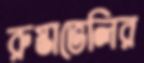
রুস্তাভেলির